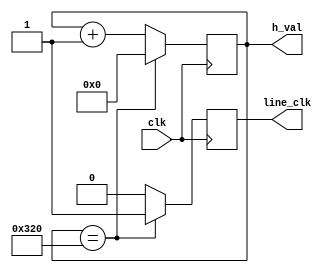
// This program was cloned from: https://github.com/tongplw/HW-Syn-Lab
// License: MIT License

`timescale 1ns / 1ns
//////////////////////////////////////////////////////////////////////////////////
// Company: Computer Engineering Department, Chulalongkorn University
// 
// Design Name: 
// Module Name: hsync
// Project Name: 
// Target Devices: 
// Tool Versions: 
// Description: 
// 
// Dependencies: 
// 
// Revision:
// Revision 0.01 - File Created
// Additional Comments:
// 
//////////////////////////////////////////////////////////////////////////////////


module hsync(
    input clk,
    output reg line_clk = 0,
    output reg [15:0] h_val = 0
    );
    
    always @(posedge clk)
    begin
        if (h_val == 800) begin h_val = 0; line_clk = 1; end
        else begin h_val = h_val + 1; line_clk = 0; end
    end
endmodule